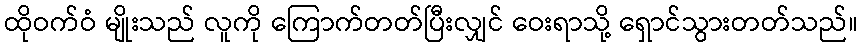
ထိုဝက်ဝံ မျိုးသည် လူကို ကြောက်တတ်ပြီးလျှင် ဝေးရာသို့ ရှောင်သွားတတ်သည်။